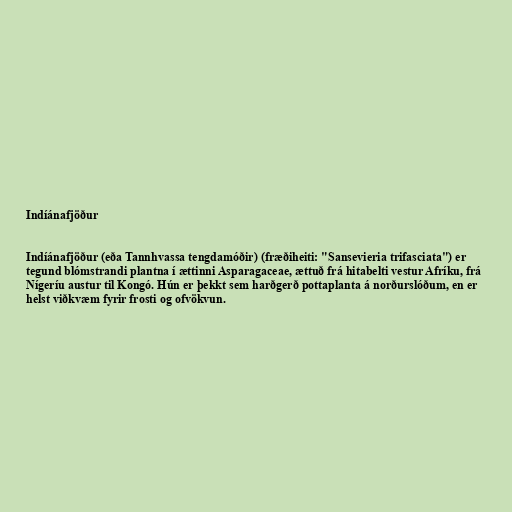
Indíánafjöður

Indíánafjöður (eða Tannhvassa tengdamóðir) (fræðiheiti: "Sansevieria trifasciata") er
tegund blómstrandi plantna í ættinni Asparagaceae, ættuð frá hitabelti vestur Afríku, frá
Nígeríu austur til Kongó. Hún er þekkt sem harðgerð pottaplanta á norðurslóðum, en er
helst viðkvæm fyrir frosti og ofvökvun.